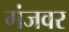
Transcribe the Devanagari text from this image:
गंजवर